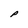
Character: P